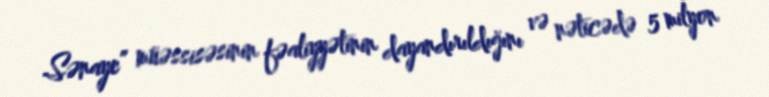
Sənaye” müəssisəsinin fəaliyyətinin dayandırıldığını və nəticədə 5 milyon